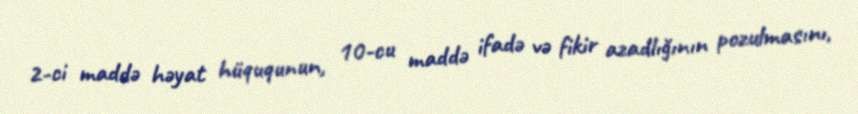
2-ci maddə həyat hüququnun, 10-cu maddə ifadə və fikir azadlığının pozulmasını,